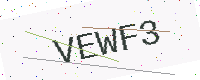
Text: VEWF3